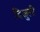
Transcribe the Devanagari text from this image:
बिजुली